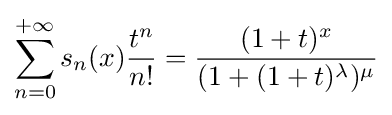
\displaystyle \sum _{n=0}^{+\infty }s_{n}(x){\frac {t^{n}}{n!}}={\frac {(1+t)^{x}}{(1+(1+t)^{\lambda })^{\mu }}}